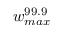
w _ { m a x } ^ { 9 9 . 9 }